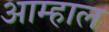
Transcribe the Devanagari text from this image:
आम्हाल